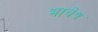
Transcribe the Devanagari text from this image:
भावेष